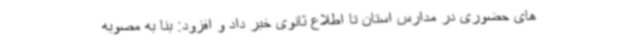
های حضوری در مدارس استان تا اطلاع ثانوی خبر داد و افزود: بنا به مصوبه